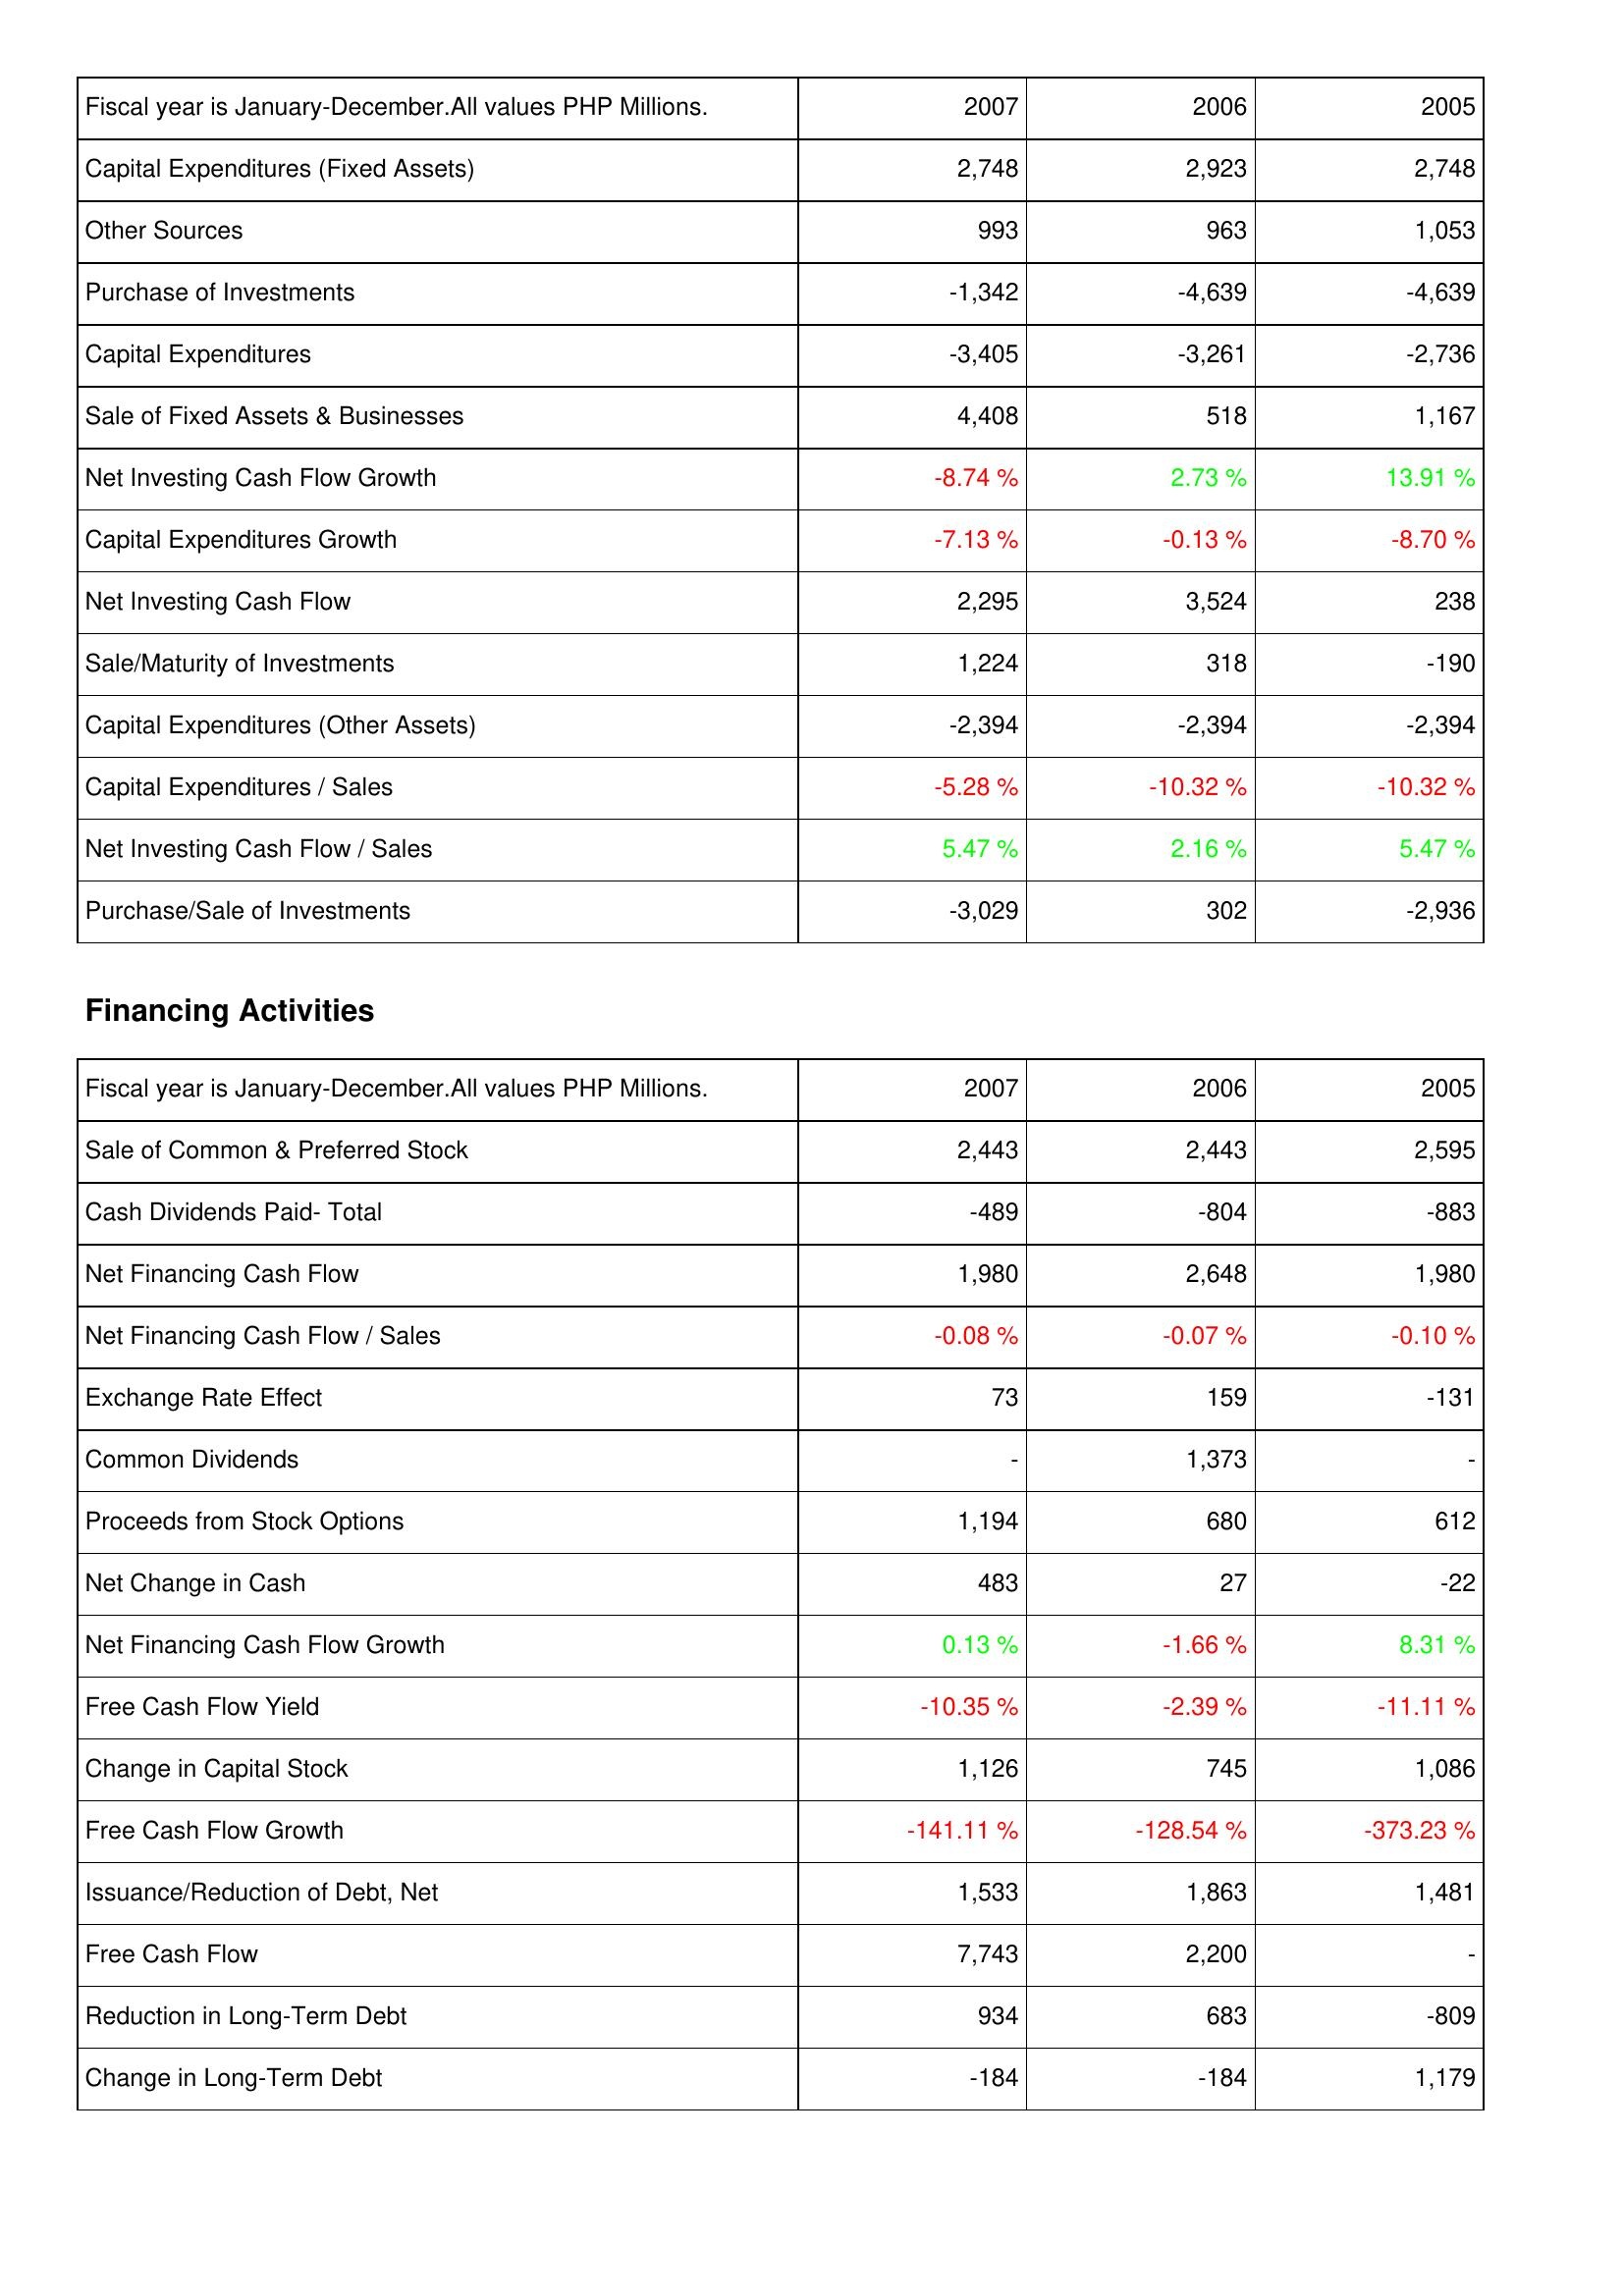
2007: Investing Activities: Capital Expenditures (Fixed Assets): 2,748
Other Sources: 993
Purchase of Investments: -1,342
Capital Expenditures: -3,405
Sale of Fixed Assets & Businesses: 4,408
Net Investing Cash Flow Growth: -8.74 %
Capital Expenditures Growth: -7.13 %
Net Investing Cash Flow: 2,295
Sale/Maturity of Investments: 1,224
Capital Expenditures (Other Assets): -2,394
Capital Expenditures / Sales: -5.28 %
Net Investing Cash Flow / Sales: 5.47 %
Purchase/Sale of Investments: -3,029
Financing Activities: Sale of Common & Preferred Stock: 2,443
Cash Dividends Paid- Total: -489
Net Financing Cash Flow: 1,980
Net Financing Cash Flow / Sales: -0.08 %
Exchange Rate Effect: 73
Common Dividends: -
Proceeds from Stock Options: 1,194
Net Change in Cash: 483
Net Financing Cash Flow Growth: 0.13 %
Free Cash Flow Yield: -10.35 %
Change in Capital Stock: 1,126
Free Cash Flow Growth: -141.11 %
Issuance/Reduction of Debt, Net: 1,533
Free Cash Flow: 7,743
Reduction in Long-Term Debt: 934
Change in Long-Term Debt: -184
2006: Investing Activities: Capital Expenditures (Fixed Assets): 2,923
Other Sources: 963
Purchase of Investments: -4,639
Capital Expenditures: -3,261
Sale of Fixed Assets & Businesses: 518
Net Investing Cash Flow Growth: 2.73 %
Capital Expenditures Growth: -0.13 %
Net Investing Cash Flow: 3,524
Sale/Maturity of Investments: 318
Capital Expenditures (Other Assets): -2,394
Capital Expenditures / Sales: -10.32 %
Net Investing Cash Flow / Sales: 2.16 %
Purchase/Sale of Investments: 302
Financing Activities: Sale of Common & Preferred Stock: 2,443
Cash Dividends Paid- Total: -804
Net Financing Cash Flow: 2,648
Net Financing Cash Flow / Sales: -0.07 %
Exchange Rate Effect: 159
Common Dividends: 1,373
Proceeds from Stock Options: 680
Net Change in Cash: 27
Net Financing Cash Flow Growth: -1.66 %
Free Cash Flow Yield: -2.39 %
Change in Capital Stock: 745
Free Cash Flow Growth: -128.54 %
Issuance/Reduction of Debt, Net: 1,863
Free Cash Flow: 2,200
Reduction in Long-Term Debt: 683
Change in Long-Term Debt: -184
2005: Investing Activities: Capital Expenditures (Fixed Assets): 2,748
Other Sources: 1,053
Purchase of Investments: -4,639
Capital Expenditures: -2,736
Sale of Fixed Assets & Businesses: 1,167
Net Investing Cash Flow Growth: 13.91 %
Capital Expenditures Growth: -8.70 %
Net Investing Cash Flow: 238
Sale/Maturity of Investments: -190
Capital Expenditures (Other Assets): -2,394
Capital Expenditures / Sales: -10.32 %
Net Investing Cash Flow / Sales: 5.47 %
Purchase/Sale of Investments: -2,936
Financing Activities: Sale of Common & Preferred Stock: 2,595
Cash Dividends Paid- Total: -883
Net Financing Cash Flow: 1,980
Net Financing Cash Flow / Sales: -0.10 %
Exchange Rate Effect: -131
Common Dividends: -
Proceeds from Stock Options: 612
Net Change in Cash: -22
Net Financing Cash Flow Growth: 8.31 %
Free Cash Flow Yield: -11.11 %
Change in Capital Stock: 1,086
Free Cash Flow Growth: -373.23 %
Issuance/Reduction of Debt, Net: 1,481
Free Cash Flow: -
Reduction in Long-Term Debt: -809
Change in Long-Term Debt: 1,179